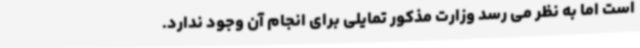
است اما به نظر می رسد وزارت مذکور تمایلی برای انجام آن وجود ندارد.